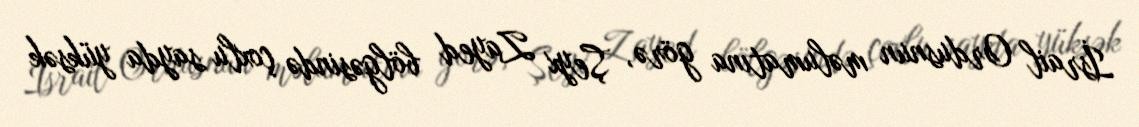
İsrail Ordusnun məlumatına görə, Şeyx Zayed bölgəsində çoxlu sayda yüksək